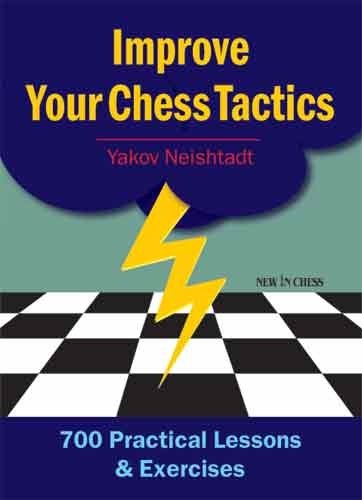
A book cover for Improve Your Chess Tactics: 700 Practical Lessons & Exercises; Yakov Neishtadt; Humor & Entertainment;